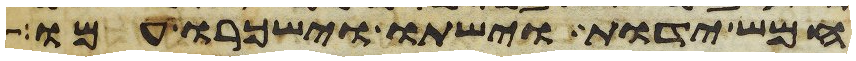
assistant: חמש ידות וישתו וישכרו עמו